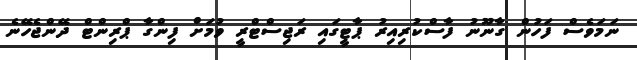
ނަމަވެސް ފަހުން ގާނޫނު ފާސްކުރިއިރު ޕާޓީގައި ރަޖިސްޓްރީ ވުމަށް ފިންގާ ޕްރިންޓް ދޭންޖެހޭނެ